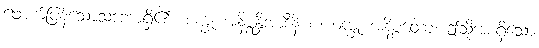
ဖောက်ပြန်သောသဘောရှိ၏။ စက္ခု အနိစ္စန္တိအာဒီနိ စ၊ စက္ခုံ အနိစ္စတော၊ ဤသို့အစရှိသော